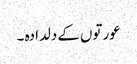
عورتوں کے دلدادہ ۔